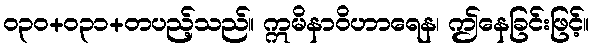
ဝ၃၀+၀၃၁+တပည့်သည်။ ဣမိနာဝိဟာရေန၊ ဤနေခြင်းဖြင့်။